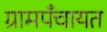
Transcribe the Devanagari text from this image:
ग्रामपँचायत